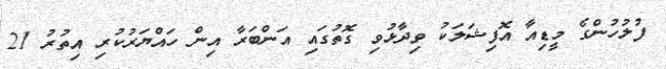
ފުލުހުންގެ މީޑިއާ އޮފިޝަލަކު ވިދާޅުވި ގޮތުގައި އަންބަރާ އިން ހައްޔަރުކުރި އިތުރު 21